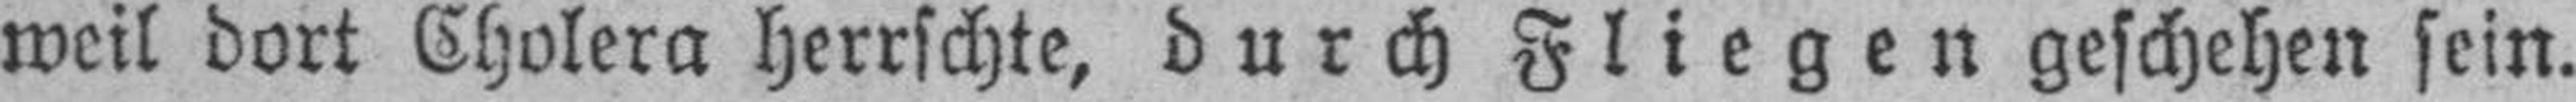
weil dort Cholera herrschte, durch Fliegen geschehen sein.